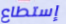
إستطاع